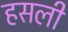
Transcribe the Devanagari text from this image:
हसली